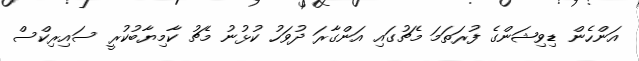
އަންހެން ޑިވިޝަންގެ ފުރަތަމަ މެޗުގައި އަންގާރަ ދުވަހު ކުޅުނު މެޗު ކާމިޔާބުކުރީ ސައިރިކްސް